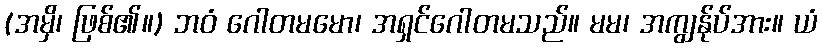
(အမှိ၊ ဖြစ်၏။) ဘဝံ ဂေါတမမော၊ အရှင်ဂေါတမသည်။ မမ၊ အကျွန်ုပ်အား။ ယံ